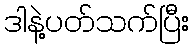
ဒါနဲ့ပတ်သက်ပြီး